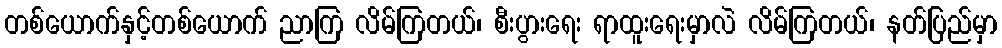
တစ်ယောက်နှင့်တစ်ယောက် ညာကြ လိမ်ကြတယ်၊ စီးပွားရေး ရာထူးရေးမှာလဲ လိမ်ကြတယ်၊ နတ်ပြည်မှာ